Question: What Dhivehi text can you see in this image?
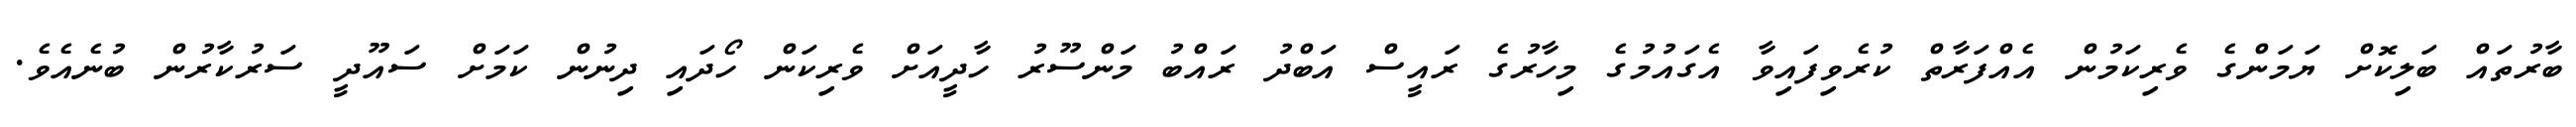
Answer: ބާރުތައް ބަލިކޮށް ޔަމަންގެ ވެރިކަމުން އެއްފަރާތް ކުރެވިފައިވާ އެގައުމުގެ މިހާރުގެ ރައީސް އަބްދު ރައްބު މަންސޫރު ހާދީއަށް ވެރިކަން ހޯދައި ދިނުން ކަމަށް ސައޫދީ ސަރުކާރުން ބުނެއެވެ.